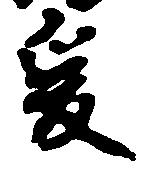
爰